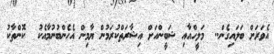
އެވަރަށް ބަލައިގެން..  މަލީހްއާއި ޝަބީންއަށް އިޝާރަތްކުރަމުން ޔާމިން އެހެންބުނުމާއެކު  ކޮންތާކު